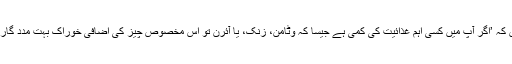
وہ کہتے ہیں کہ ’اگر آپ میں کسی اہم غذائیت کی کمی ہے جیسا کہ وٹامن، زنک، یا آئرن تو اس مخصوص چیز کی اضافی خوراک بہت مدد گار ثابت ہوگی۔